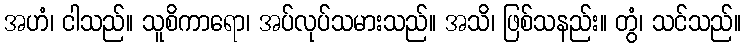
အဟံ၊ ငါသည်။ သူစိကာရော၊ အပ်လုပ်သမားသည်။ အသိ၊ ဖြစ်သနည်း။ တွံ၊ သင်သည်။